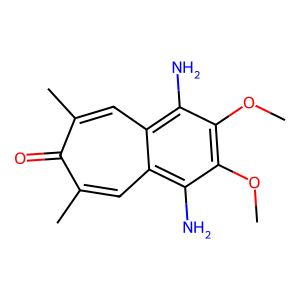
SMILES: COc1c(OC)c(N)c2cc(C)c(=O)c(C)cc2c1N
Inhibits HIV replication: No